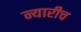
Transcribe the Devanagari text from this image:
न्यारीच